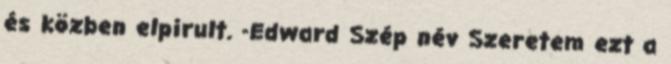
és közben elpirult. -Edward Szép név Szeretem ezt a